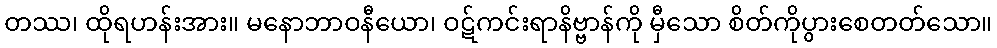
တဿ၊ ထိုရဟန်းအား။ မနောဘာဝနီယော၊ ဝဋ်ကင်းရာနိဗ္ဗာန်ကို မှီသော စိတ်ကိုပွားစေတတ်သော။